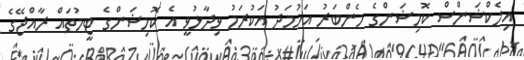
އިލެކްޝަންސް ކޮމިޝަންގެ މެންބަރު އަހުމަދު އަކުރަމު ވިދާޅުވީ އެ ކޮމިޝަންގެ ޓީމުތައް ރާއްޖޭގެ